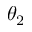
\theta _ { 2 }